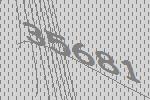
35681